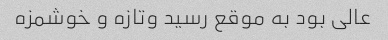
عالی بود به موقع رسید وتازه و خوشمزه